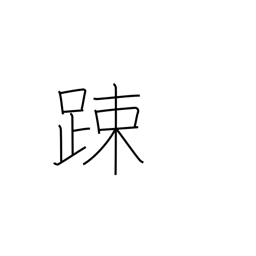
Meaning: lax